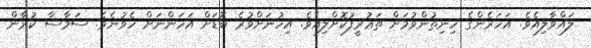
ލައްވާލިއެވެ. އަހަރެންގެ ހިނިތުންވުމަށް ތަޢުރީފުކޮށްލިއެވެ. އިހުނަށްވުރެ ބޮޑަށް އަހަންނަށް ހެވުނެވެ. ސަމާސާ ކުރާން